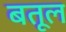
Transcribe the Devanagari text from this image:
बतूल